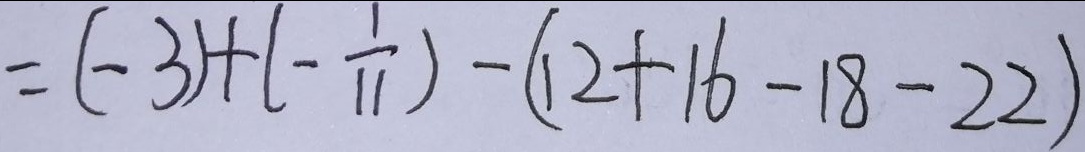
= ( - 3 ) + ( - \frac { 1 } { 1 1 } ) - ( 1 2 + 1 6 - 1 8 - 2 2 )